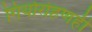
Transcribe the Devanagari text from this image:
गिर्यारोहणही